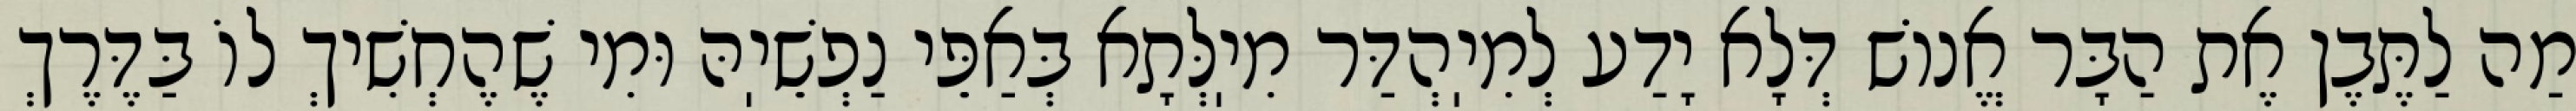
מַה לַתֶּבֶן אֶת הַבָּר אֱנוֹשׁ דְּלָא יָדַע לְמִיֽהְדַּר מִיֽלְּתָא בְּאַפֵּי נַפְשֵׁיֽהּ וּמִי שֶׁהֶחְשִׁיךְ לוֹ בַּדֶּרֶךְ